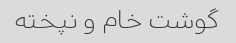
گوشت خام و نپخته